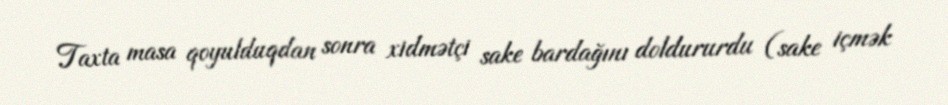
Taxta masa qoyulduqdan sonra xidmətçi sake bardağını doldururdu (sake içmək